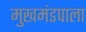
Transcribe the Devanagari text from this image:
मुखमंडपाला